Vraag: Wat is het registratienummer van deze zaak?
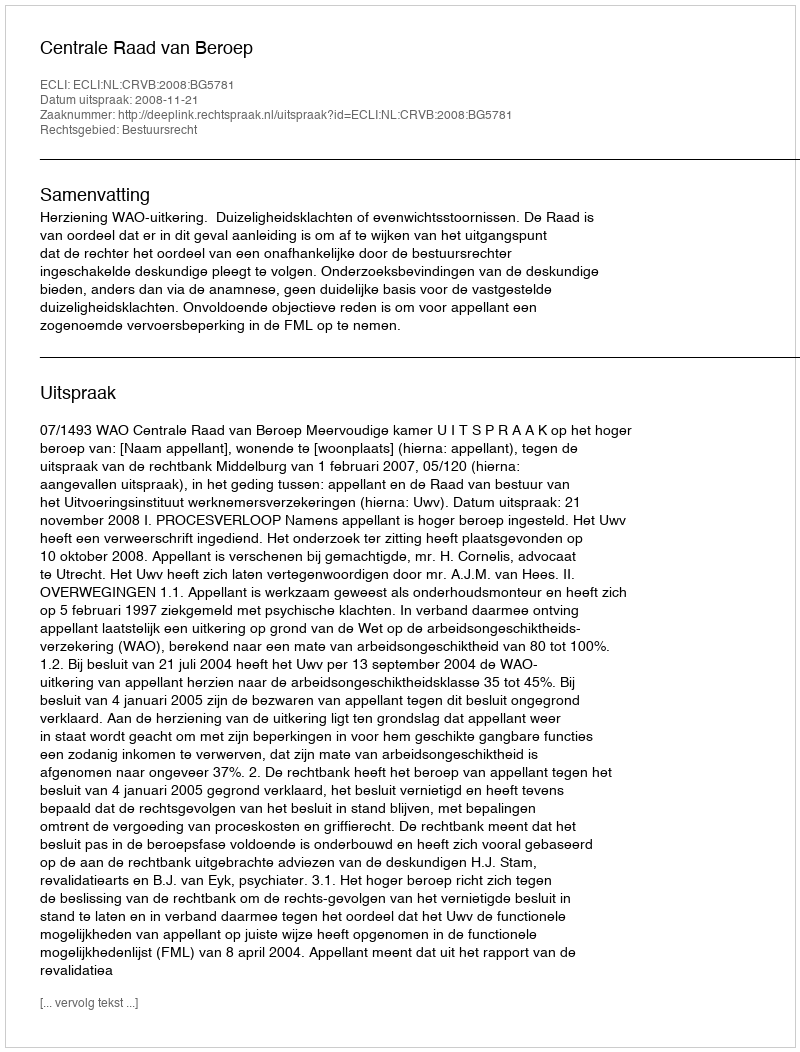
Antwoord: http://deeplink.rechtspraak.nl/uitspraak?id=ECLI:NL:CRVB:2008:BG5781